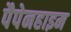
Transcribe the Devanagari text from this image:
पैपेनहाइम